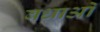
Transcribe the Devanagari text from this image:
बधाओं